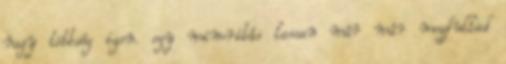
nagy többség igen. egy minoritás lassan már már megfullad